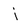
Character: j